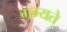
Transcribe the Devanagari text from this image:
गम्यते